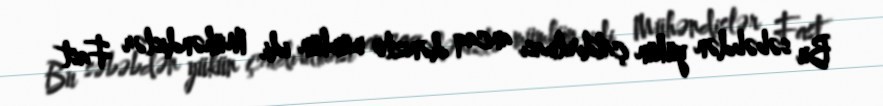
Bu səbəbdən yükün çatdırılması ancaq dənizlə mümkün idi. Mühəndislər Fast